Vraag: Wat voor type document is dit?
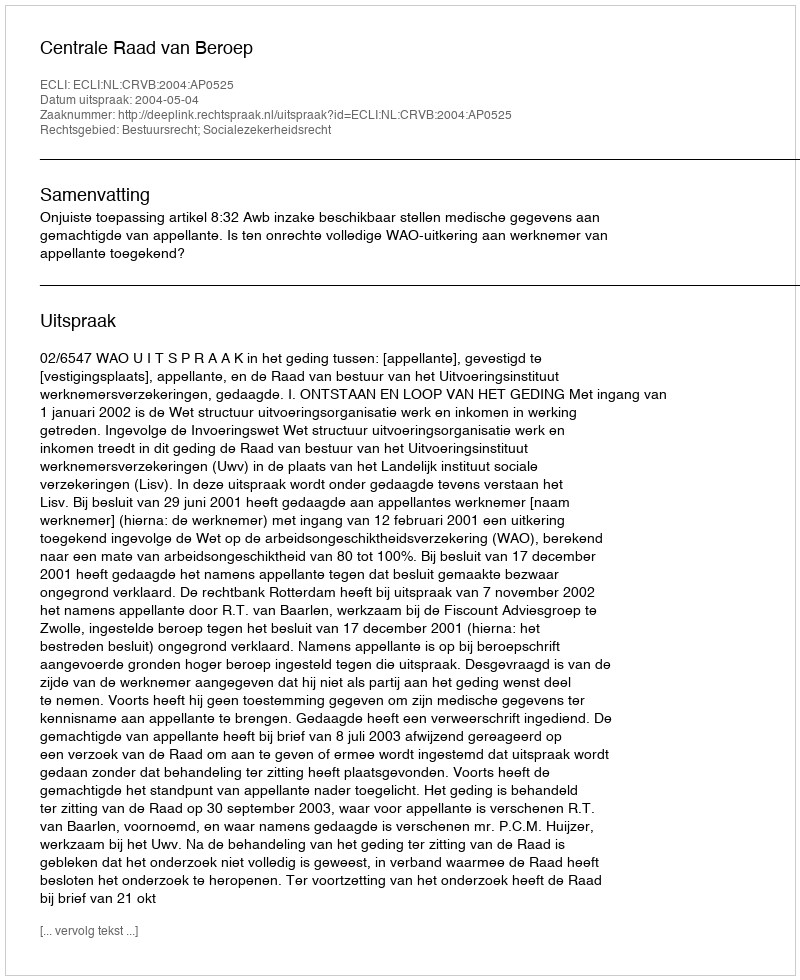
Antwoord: Uitspraak